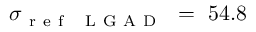
\sigma _ { \mathrm { ~ r ~ e ~ f ~ ~ ~ L ~ G ~ A ~ D ~ } } ~ = ~ 5 4 . 8